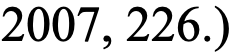
2007, 226.)